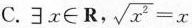
C. $$\exists x \in R$$， $$\sqrt{x^{2}}=x$$